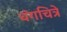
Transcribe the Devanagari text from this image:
वंगचित्रे